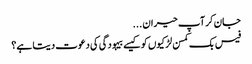
جان کر آپ حیران ...
فیس بک کمسن لڑکیوں کو کیسے بیہودگی کی دعوت دیتا ہے؟